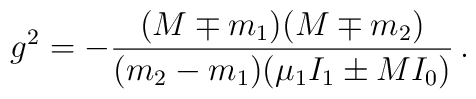
g^2=-\frac{(M\mp m_1)(M\mp m_2)}{(m_2-m_1)(\mu_1 I_1\pm MI_0)}\,.